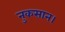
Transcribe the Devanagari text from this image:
नुकसान।